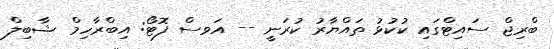
ބްރިޖް ސައިޓްގައި ކުކުޅު ތައްޔާރު ކުރަނީ -- އަވސް ފޮޓޯ: އިބްރާހިމް ޝާބިލް